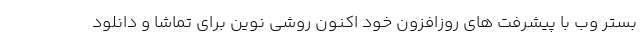
بستر وب با پیشرفت های روزافزون خود اکنون روشی نوین برای تماشا و دانلود